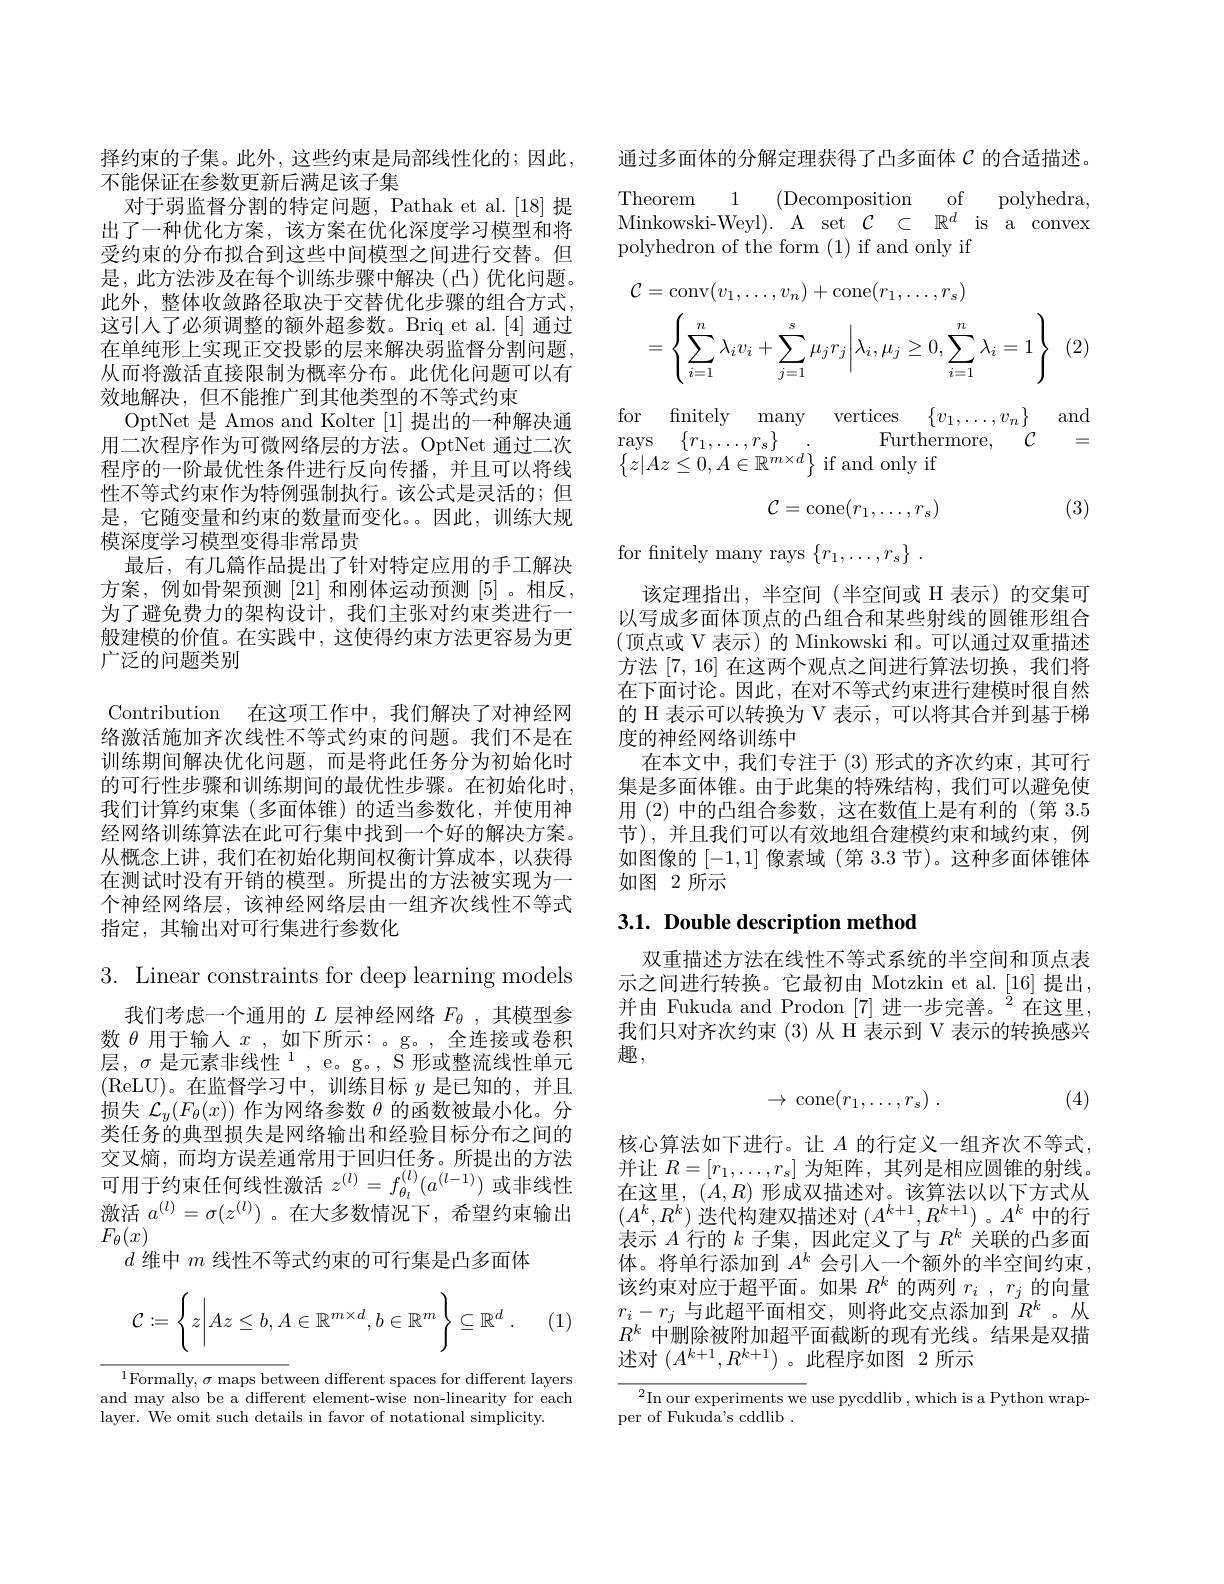
择约束的子集。此外，这些约束是局部线性化的；因此，
不能保证在参数更新后满足该子集
是，此方法涉及在每个训练步骤中解决(凸)优化问题。此外，整体收敛路径取决于交替优化步骤的组合方式， 这引人了必须调整的额外超参数。Briq et al.[4] 通过在单纯形上实现正交投影的层来解决弱监督分割问题， 从而将激活直接限制为概率分布。此优化问题可以有效地解决，但不能推广到其他类型的不等式约束
OptNet 是 Amos and Kolter [1]提出的一种解决通用二次程序作为可微网络层的方法。OptNet 通过二次程序的一阶最优性条件进行反向传播，并且可以将线性不等式约束作为特例强制执行。该公式是灵活的；但是，它随变量和约束的数量而变化。因此，训练大规模深度学习模型变得非常昂贵
最后，有几篇作品提出了针对特定应用的手工解决方案，例如骨架预测[21]和刚体运动预测[5]。相反， 为了避免费力的架构设计，我们主张对约束类进行一般建模的价值。在实践中，这使得约束方法更容易为更

广泛的问题类别
Contribution 在这项工作中，我们解决了对神经网络激活施加齐次线性不等式约束的问题。我们不是在训练期间解决优化问题，而是将此任务分为初始化时的可行性步骤和训练期间的最优性步骤。在初始化时， 我们计算约束集(多面体锥)的适当参数化，并使用神经网络训练算法在此可行集中找到一个好的解决方案。从概念上讲，我们在初始化期间权衡计算成本，以获得在测试时没有开销的模型。所提出的方法被实现为一个神经网络层，该神经网络层由一组齐次线性不等式指定，其输出对可行集进行参数化
3. Linear constraints for deep learning models
我们考虑一个通用的$L$层神经网络$F_\theta$,其模型参数$\theta$用于输入$x$ ,如下所示：。g。, 全连接或卷积层，$\sigma\text{ 是元素非线性}^{1}$, e。g。, S 形或整流线性单元(ReLU)。在监督学习中，训练目标$y$是已知的，并且损失$\mathcal{L}_y(F_\theta(x))$作为网络参数$\theta$的函数被最小化。分类任务的典型损失是网络输出和经验目标分布之间的交叉熵，而均方误差通常用于回归任务。所提出的方法可用于约束任何线性激活$z^{(l)}=f_{\theta_l}^{(l)}(a^{(l-1)})$或非线性激活$a^{(l)}=\sigma(z^{(l)})$ 。在大多数情况下，希望约束输出$F_{\theta}(x)$
$d$维中$m$线性不等式约束的可行集是凸多面体
$$\mathcal C:=\left\{z\bigg|Az\le b,A\in\mathbb R^{m\times d},b\in\mathbb R^m\right\}\subseteq\mathbb R^d\:.$$
(1,

$^{1}$Formally, $\sigma$ maps between different spaces for different layers and may also be a different element-wise non-linearity for each layer. We omit such details in favor of notational simplicity.

通过多面体的分解定理获得了凸多面体$\mathcal{C}$的合适描述。

对 于 弱 监 督 分 割 的 特 定 问 题 , Pathak et al. [ 18] 提 Theorem 1 (Decomposition of polyhedra, 出 了 一 种 优 化 方 案 , 该 方 案 在 优 化 深 度 学 习 模 型 和 将 Minkowski- Weyl) . A set $\mathcal{C} \subset \mathbb{R} ^d$ is a convex 受 约 束 的 分 布 拟 合 到 这 些 中 间 模 型 之 间 进 行 交 替 。但 polyhedron of the form ( 1) if and only if
$$\begin{aligned}\mathcal{C}&=\mathrm{conv}(v_{1},\ldots,v_{n})+\mathrm{cone}(r_{1},\ldots,r_{s})\\&=\left\{\sum_{i=1}^{n}\lambda_{i}v_{i}+\sum_{j=1}^{s}\mu_{j}r_{j}\bigg|\lambda_{i},\mu_{j}\geq0,\sum_{i=1}^{n}\lambda_{i}=1\right\}\end{aligned}$$
(2

$\begin{array}{ll}{\mathrm{for}}&{{\mathrm{fnitely}}}&{{\mathrm{many}}}&{{\mathrm{vertices}}}&{{\{v_{1},\ldots,v_{n}\}}}&{{\mathrm{and}}}\\{{\mathrm{rays}}}&{{\{r_{1},\ldots,r_{s}\}}}&{{\mathrm{Furthermore},}}&{{\mathcal{C}}}&{{=}}\\{{\{z|Az\leq0,A\in\mathbb{R}^{m\times d}\}}}&{{\mathrm{if~and~only~if}}}\end{array}$
$$\mathcal{C}=\mathrm{cone}(r_1,\ldots,r_s)$$
for fnitely many rays $\{ r_1, \ldots , r_s\}$ .

(3)

该定理指出，半空间(半空间或 H 表示)的交集可以写成多面体顶点的凸组合和某些射线的圆锥形组合(顶点或 V 表示)的 Minkowski 和。可以通过双重描述方法[7,16]在这两个观点之间进行算法切换，我们将在下面讨论。因此，在对不等式约束进行建模时很自然的 H 表示可以转换为 V 表示 , 可以将其合并到基于梯度的神经网络训练中
在本文中，我们专注于(3)形式的齐次约束，其可行集是多面体锥。由于此集的特殊结构，我们可以避免使用 (2) 中的凸组合参数，这在数值上是有利的 (第 3.5节),并且我们可以有效地组合建模约束和域约束，例如图像的[-1,1]像素域 (第 3.3 节)。这种多面体锥体如图 2 所示

## 3.1. Double description method

双重描述方法在线性不等式系统的半空间和顶点表示之间进行转换。它最初由 Motzkin et al.[16] 提出， 并由 Fukuda and Prodon $[7]\text{ 进一步完善。}^{2}$在这里， 我们只对齐次约束(3)从 H 表示到 V 表示的转换感兴趣，
$$\to\:\mathrm{cone}(r_1,\ldots,r_s)\:.$$
(4)

核心算法如下进行。让$A$的行定义一组齐次不等式， 并让$R=[r_1,\ldots,r_s]$为矩阵，其列是相应圆锥的射线。在这里，$(A,R)$形成双描述对。该算法以以下方式从$(A^{k},R^{k})$迭代构建双描述对$(A^k+1,R^{k+1})$ 。$A^{k}$中的行表示$A$行的$k$子集，因此定义了与$R^k$关联的凸多面体。将单行添加到$A^k$会引入一个额外的半空间约束， 该约束对应于超平面。如果$R^k$的两列$r_i,r_j$的向量$r_{i}-r_{j}$ 与此超平面相交，则将此交点添加到$R^k$。从$R^k$中删除被附加超平面截断的现有光线。结果是双描述对$(A^k+1,R^{k+1})$ 。此程序如图 2 所示

$^2$In our experiments we use pycddlib , which is a Python wrap-
per of Fukuda's cddlib .